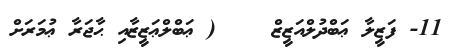
11- ފަޒީލާ ޢަބްދުލްއަޒީޒް    ( ޢަބްލްޢަޒީޒާއި ޙާޖަރާ ޢުމަރަށް